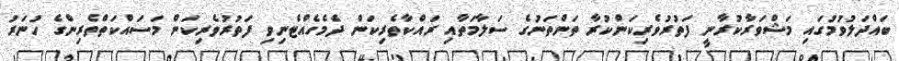
ބައްދަލުވުމުގައި މަޝްވަރާކުރާނީ ފަތުރުވެރިކަންކުރާ ތަންތަނުގެ ސަލާމަތާއި ރައްކާތެރިކަން ދެމެހެއްޓެނިވި ފަތުރުވެރިކަން މަސައްކަތްތެރިންގެ ހުނަރު